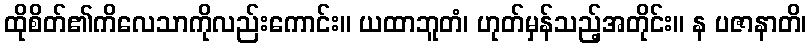
ထိုစိတ်၏ကိလေသာကိုလည်းကောင်း။ ယထာဘူတံ၊ ဟုတ်မှန်သည့်အတိုင်း။ န ပဇာနာတိ၊